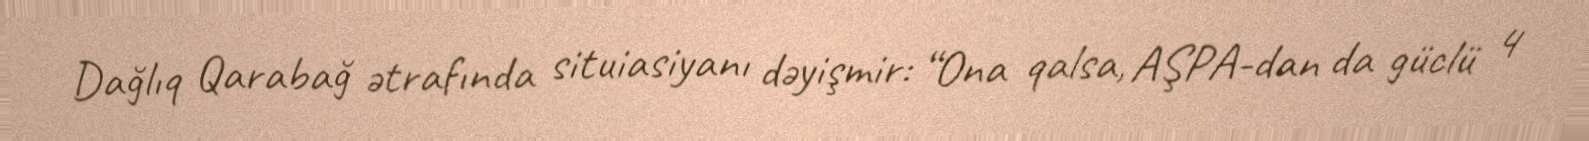
Dağlıq Qarabağ ətrafında situiasiyanı dəyişmir: “Ona qalsa, AŞPA-dan da güclü 4